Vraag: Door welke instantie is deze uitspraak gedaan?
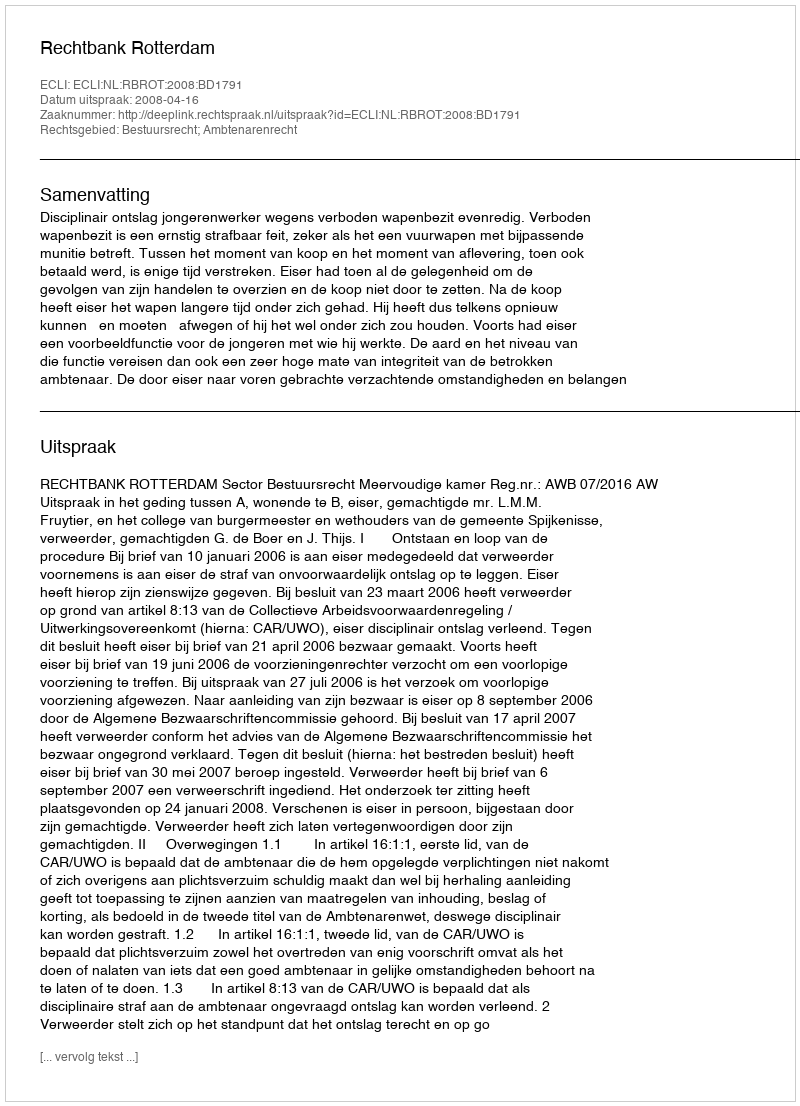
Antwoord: Rechtbank Rotterdam